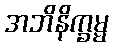
အဘိနိက္ခမ္မ